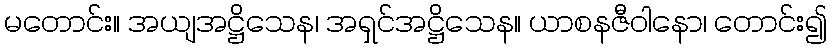
မတောင်း။ အယျအဋ္ဌိသေန၊ အရှင်အဋ္ဌိသေန။ ယာစနဇီဝါနော၊ တောင်း၍